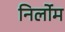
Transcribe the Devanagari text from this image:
निर्लोम